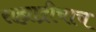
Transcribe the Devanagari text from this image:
सह्याद्रीचाच